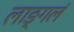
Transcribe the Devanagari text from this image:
लाङ्गलं